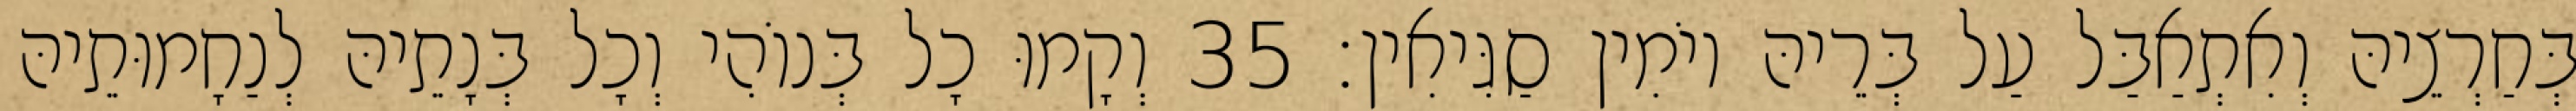
בְּחַרְצֵיהּ וְאִתְאַבַּל עַל בְּרֵיהּ יוֹמִין סַגִּיאִין׃ 35 וְקָמוּ כָל בְּנוֹהִי וְכָל בְּנָתֵיהּ לְנַחָמוּתֵיהּ